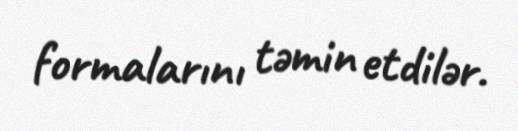
formalarını təmin etdilər.